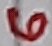
Text: 6